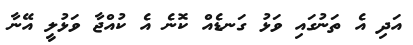
އަދި އެ ތަނުގައި ވަޅު ގަނޑެއް ކޮނެ އެ ކުއްޖާ ވަޅުލީ އޭނާ